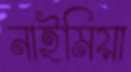
নাইমিয়া